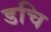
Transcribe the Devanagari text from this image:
डचि